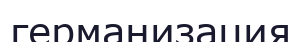
германизация